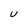
Character: U